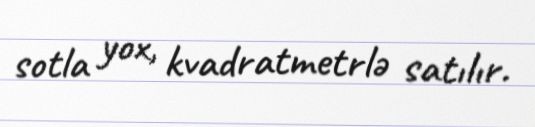
sotla yox, kvadratmetrlə satılır.